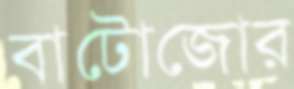
বাটোজোর